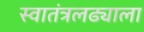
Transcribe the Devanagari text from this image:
स्वातंत्रलढ्याला